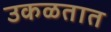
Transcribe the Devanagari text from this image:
उकळतात